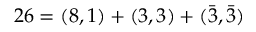
2 6 = ( 8 , 1 ) + ( 3 , 3 ) + ( \bar { 3 } , \bar { 3 } )